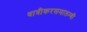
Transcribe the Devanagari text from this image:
धात्रीकरसमालम्बी